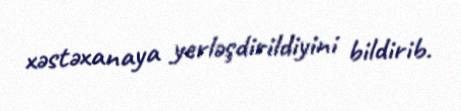
xəstəxanaya yerləşdirildiyini bildirib.